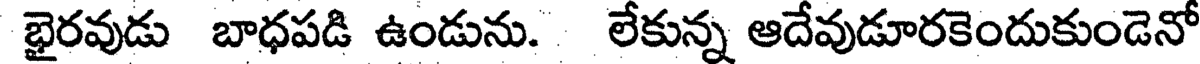
భైరవుడు బాధపడి ఉండును. లేకున్న ఆదేవుడూరకెందుకుండెనో